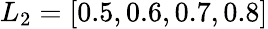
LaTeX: L_{2}=[0.5,0.6,0.7,0.8]